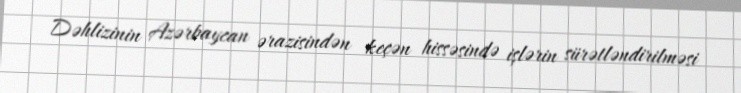
Dəhlizinin Azərbaycan ərazisindən keçən hissəsində işlərin sürətləndirilməsi